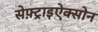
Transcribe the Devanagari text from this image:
सेफ़्ट्राइऐक्सोन